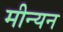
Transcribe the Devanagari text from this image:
मीन्यन